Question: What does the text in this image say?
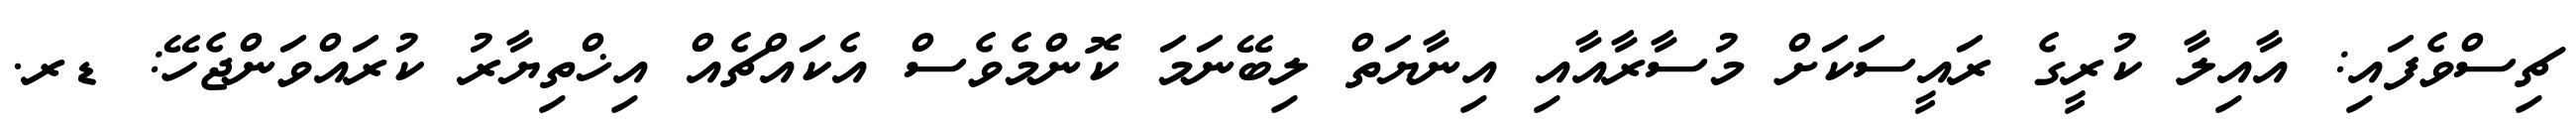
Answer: ޗިސްވެފައި: އާއިލާ ކުރީގެ ރައީސަކަށް މުސާރާއާއި އިނާޔަތް ލިބޭނަމަ ކޮންމެވެސް އެކައްޗެއް އިޚްތިޔާރު ކުރައްވަންޖެހޭ: ޑރ.